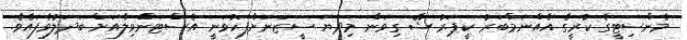
މެންސިޓީގެ ކުރީގެ އެއްނަމްބަރު ކީޕަރު ޝޭ ގިވަން މިދޔަ ސީޒަނަށްފަހުވަނީ އެސްޓަންވިލާއަށް ބަދަލުވެފައެވެ.